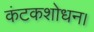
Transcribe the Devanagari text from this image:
कंटकशोधन।